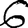
Digit: 6